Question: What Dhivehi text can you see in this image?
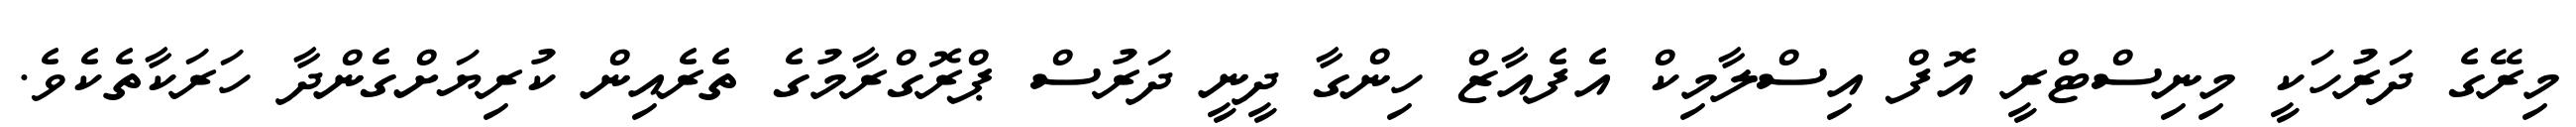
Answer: މިރޭގެ ދަރުހަކީ މިނިސްޓްރީ އޮފް އިސްލާމިކް އެފެއާޒް ހިންގާ ދީނީ ދަރުސް ޕްރޮގްރާމުގެ ތެރެއިން ކުރިޔަށްގެންދާ ހަރަކާތެކެވެ.